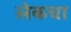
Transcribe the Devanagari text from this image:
लेकचा